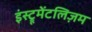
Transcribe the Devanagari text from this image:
इंस्ट्रूमेंटलिज़म